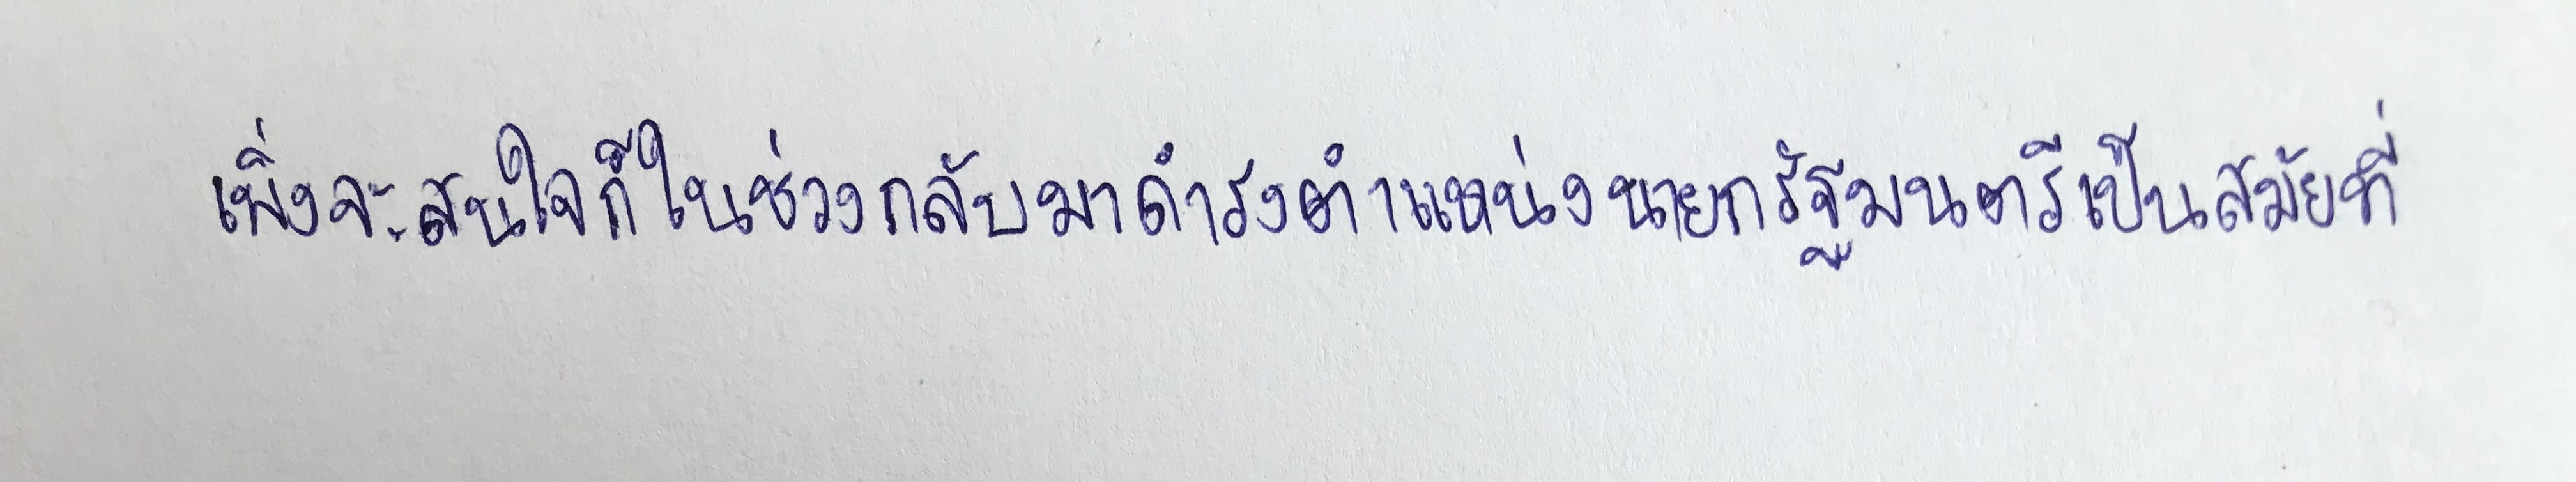
เพิ่งจะสนใจก็ในช่วงกลับมาดำรงตำแหน่งนายกรัฐมนตรีเป็นสมัยที่